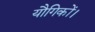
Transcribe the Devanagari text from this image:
यौगिकों।